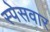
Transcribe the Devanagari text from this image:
स्पेसवार